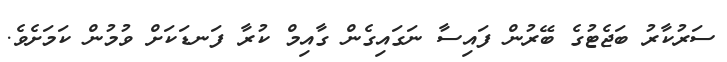
ސަރުކާރު ބަޖެޓުގެ ބޭރުން ފައިސާ ނަގައިގެން ގާއިމް ކުރާ ފަނޑަކަށް ވުމުން ކަމަށެވެ.